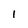
Character: I